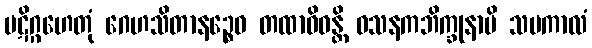
ပဋိဂ္ဂဟေတုံ ဂေဟသိတာနဉ္စေဝ တထာဝိဓန္တိ ဝသနကဘိက္ခုနာပိ သမကာလံ